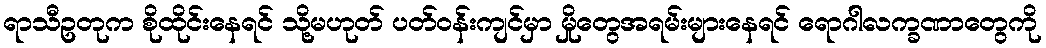
ရာသီဥတုက စိုထိုင်းနေရင် သို့မဟုတ် ပတ်ဝန်းကျင်မှာ မှိုတွေအရမ်းများနေရင် ရောဂါလက္ခဏာတွေကို